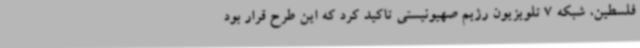
فلسطین، شبکه 7 تلویزیون رژیم صهیونیستی تاکید کرد که این طرح قرار بود